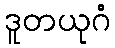
ဒူတယုဂံ